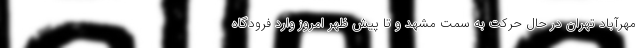
مهرآباد تهران در حال حرکت به سمت مشهد و تا پیش ظهر امروز وارد فرودگاه